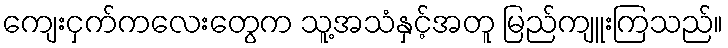
ကျေးငှက်ကလေးတွေက သူ့အသံနှင့်အတူ မြည်ကျူးကြသည်။